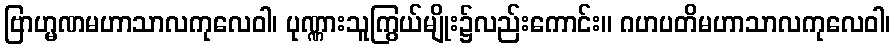
ဗြာဟ္မဏမဟာသာလကုလေဝါ၊ ပုဏ္ဏားသူကြွယ်မျိုး၌လည်းကောင်း။ ဂဟပတိမဟာသာလကုလေဝါ၊